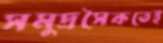
সমুদ্রসৈকতেই